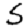
Digit: 5